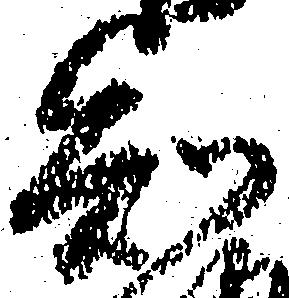
知